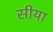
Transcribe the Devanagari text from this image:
सीया